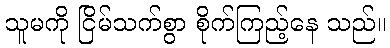
သူမကို ငြိမ်သက်စွာ စိုက်ကြည့်နေ သည်။